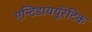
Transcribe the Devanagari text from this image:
एन्टिडाययूरेटिक